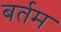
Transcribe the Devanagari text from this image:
बर्तम